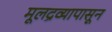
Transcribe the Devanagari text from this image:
मूलद्रव्यापासून